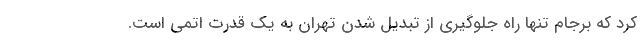
کرد که برجام تنها راه جلوگیری از تبدیل شدن تهران به یک قدرت اتمی است.